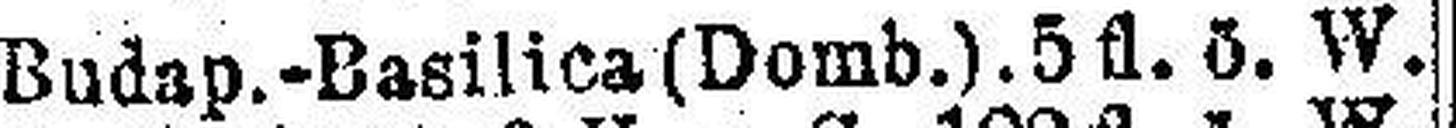
Budap.-Basilica (Domb.). 5fl. ö. W.